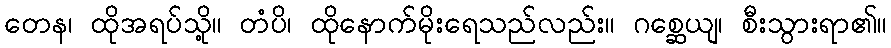
တေန၊ ထိုအရပ်သို့။ တံပိ၊ ထိုနောက်မိုးရေသည်လည်း။ ဂစ္ဆေယျ၊ စီးသွားရာ၏။